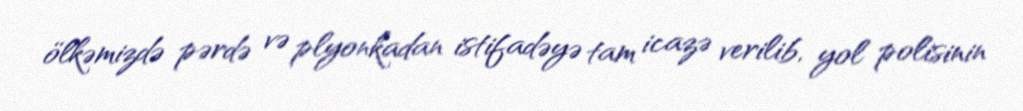
ölkəmizdə pərdə və plyonkadan istifadəyə tam icazə verilib, yol polisinin